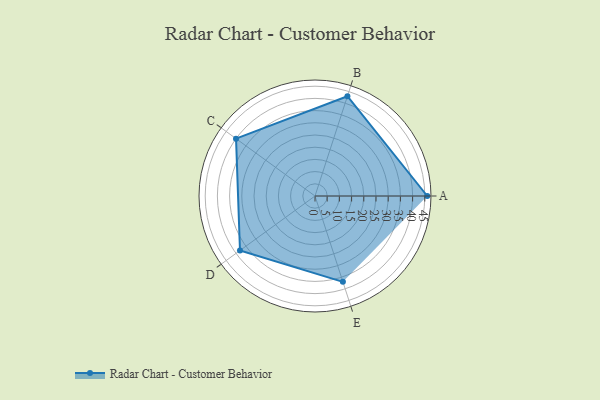
{"axis": {"x": "Skill", "y": "Score"}, "legend": ["Profile"], "data": [{"x": "A", "y": 46.0, "type": "Profile"}, {"x": "B", "y": 43.0, "type": "Profile"}, {"x": "C", "y": 40.0, "type": "Profile"}, {"x": "D", "y": 38.0, "type": "Profile"}, {"x": "E", "y": 37.0, "type": "Profile"}]}